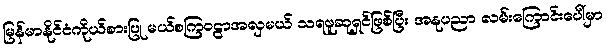
မြန်မာနိုင်ငံကိုယ်စားပြု မယ်စကြဝဠာအလှမယ် သရဖူဆုရှင်ဖြစ်ပြီး အနုပညာ လမ်းကြောင်းပေါ်မှာ